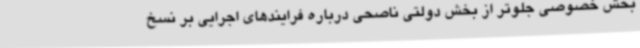
بخش خصوصی جلوتر از بخش دولتی ناصحی درباره فرایندهای اجرایی بر نسخ